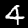
Digit: 4